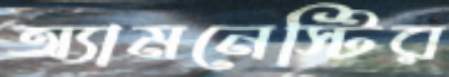
অ্যামনেস্টির